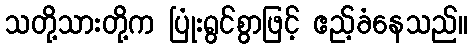
သတို့သားတို့က ပြုံးရွင်စွာဖြင့် ဧည့်ခံနေသည်။